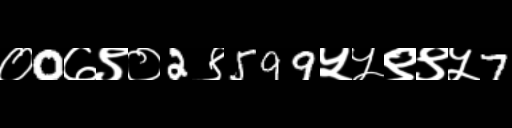
Text: ०0७९०2९599५५९९५7